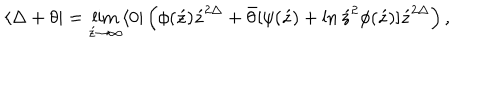
\langle \Delta + \theta | = \lim _ { \acute { z } \rightarrow \infty } \langle 0 | \left( { \phi ( \acute { z } ) \acute { z } ^ { 2 \Delta } + \bar { \theta } [ \psi ( \acute { z } ) + \ln \acute { z } ^ { 2 } \phi ( \acute { z } ) ] } \acute { z } ^ { 2 \Delta } \right) ,